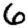
Digit: 6